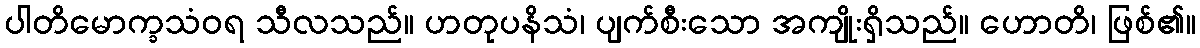
ပါတိမောက္ခသံဝရ သီလသည်။ ဟတုပနိသံ၊ ပျက်စီးသော အကျိုးရှိသည်။ ဟောတိ၊ ဖြစ်၏။